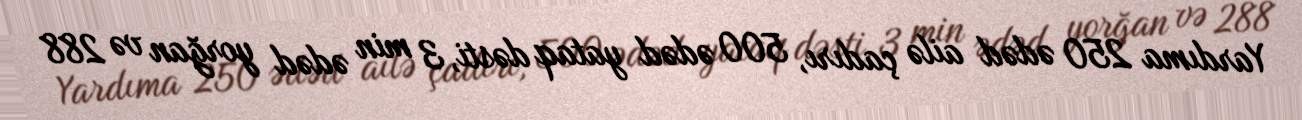
Yardıma 250 ədəd ailə çadırı, 500 ədəd yataq dəsti, 3 min ədəd yorğan və 288